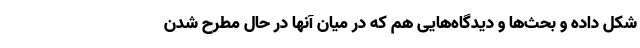
شکل داده و بحث‌ها و دیدگاه‌هایی هم که در میان آنها در حال مطرح شدن